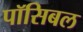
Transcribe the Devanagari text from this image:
पॉसिबल